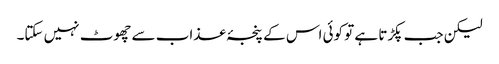
لیکن جب پکڑتا ہے تو کوئی اس کے پنجۂ عذاب سے چھوٹ نہیں سکتا۔